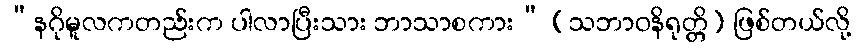
“နဂိုမူလကတည်းက ပါလာပြီးသား ဘာသာစကား” (သဘာဝနိရုတ္တိ) ဖြစ်တယ်လို့